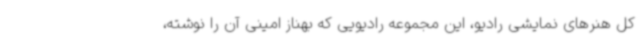
کل هنرهای نمایشی رادیو، این مجموعه رادیویی که بهناز امینی آن را نوشته،